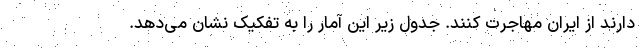
دارند از ایران مهاجرت کنند. جدول زیر این آمار را به تفکیک نشان می‌دهد.